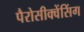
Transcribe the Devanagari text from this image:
पैरोसीक्वेंसिंग